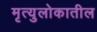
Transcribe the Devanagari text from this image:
मृत्युलोकातील